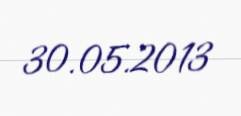
30.05.2013